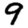
Digit: 9